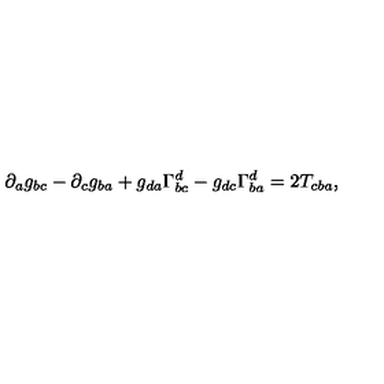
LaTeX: \partial _ { a } g _ { b c } - \partial _ { c } g _ { b a } + g _ { d a } \Gamma _ { b c } ^ { d } - g _ { d c } \Gamma _ { b a } ^ { d } = 2 T _ { c b a } ,